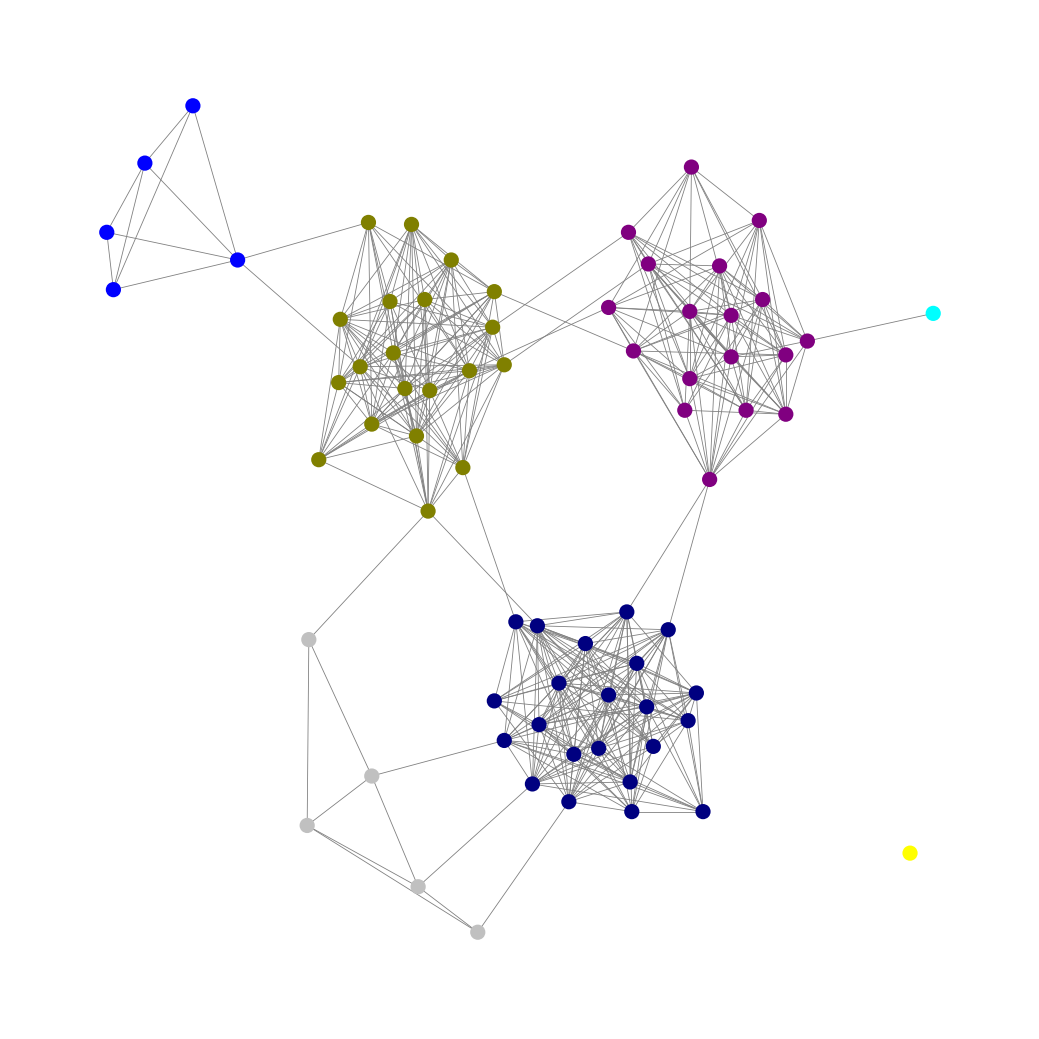
Graph connected: No
Number of connected components: 2
Number of singletons: 1
Total number of nodes: 72
Total number of edges: 441
Number of communities: 7
Community sizes:
Aqua: 1
Blue: 5
Navy: 22
Olive: 20
Purple: 18
Silver: 5
Yellow: 1
Graph layout: tda
Graph generation method: erdos_renyi